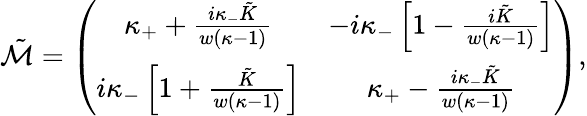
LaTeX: \tilde{\mathcal{M}}=\left(\begin{array}{cc}{\kappa_{+}+\frac{i\kappa_{-}\tilde{K}}{w(\kappa-1)}}&{-i\kappa_{-}\left[1-\frac{i\tilde{K}}{w(\kappa-1)}\right]}\\ {i\kappa_{-}\left[1+\frac{\tilde{K}}{w(\kappa-1)}\right]}&{\kappa_{+}-\frac{i\kappa_{-}\tilde{K}}{w(\kappa-1)}}\end{array}\right),